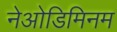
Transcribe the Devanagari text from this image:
नेओडिमिनम